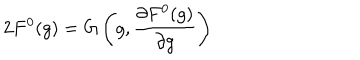
LaTeX: 2 F ^ { 0 } ( g ) = G \left( g , \frac { \partial F ^ { 0 } ( g ) } { \partial g } \right)